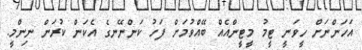
އަހަންނަށް ހީވަނީ ޓީމު މީޓީންއެއް ބޭއްވުމަށް ފަހު ކަންނޭނގެ އެކަން ކުރަން ނިންމީ.